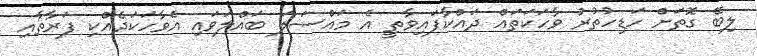
ލިބޭ ގޮތަށް ހަޑިހުތުރު ވާހަކަތައް ދައްކާފައިވާތީ އެ މައްސަލަ ބައްލަވައި އެވާހަކަދެއްކި ފަރާތާއި